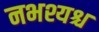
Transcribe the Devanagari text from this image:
नभश्यश्च